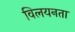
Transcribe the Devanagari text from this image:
विलयनता